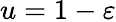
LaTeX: u=1-\varepsilon